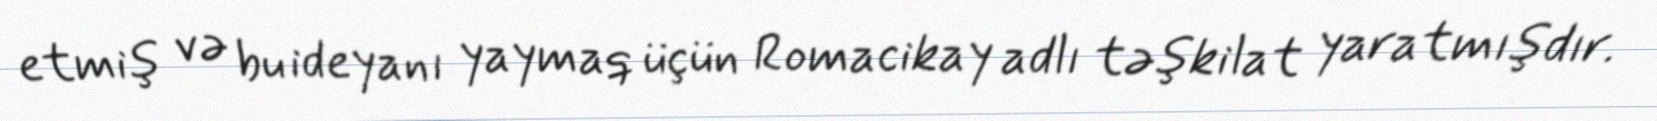
etmiş və bu ideyanı yaymaq üçün Romacikay adlı təşkilat yaratmışdır.